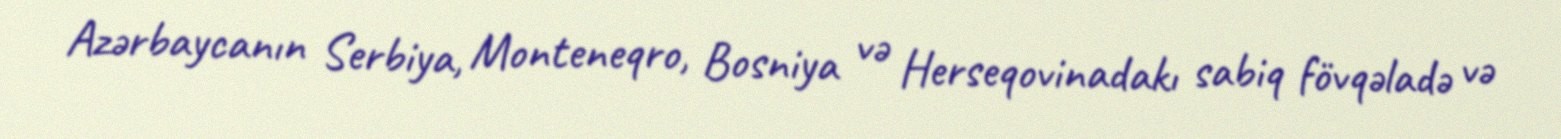
Azərbaycanın Serbiya, Monteneqro, Bosniya və Herseqovinadakı sabiq fövqəladə və